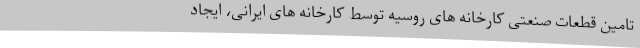
تامین قطعات صنعتی کارخانه های روسیه توسط کارخانه های ایرانی، ایجاد